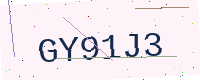
Text: GY91J3